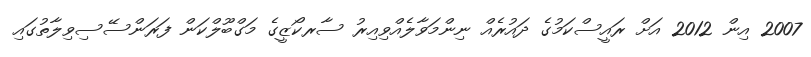
2007 އިން 2012 އަށް ރައީސްކަމުގެ ދައުރެއް ނިންމަވާލެއްވިއިރު ސާރކޯޒީގެ މަގްބޫލްކަން ފަރަންސޭސިވިލާތުގައި